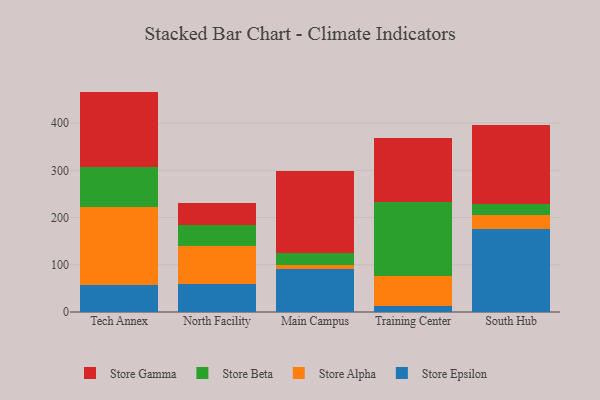
{"axis": {"x": "Campus", "y": "Production Output"}, "legend": ["Store Alpha", "Store Beta", "Store Epsilon", "Store Gamma"], "data": [{"x": "Tech Annex", "y": 57.6, "type": "Store Epsilon"}, {"x": "Tech Annex", "y": 164.7, "type": "Store Alpha"}, {"x": "Tech Annex", "y": 85.5, "type": "Store Beta"}, {"x": "Tech Annex", "y": 159.0, "type": "Store Gamma"}, {"x": "North Facility", "y": 60.1, "type": "Store Epsilon"}, {"x": "North Facility", "y": 80.3, "type": "Store Alpha"}, {"x": "North Facility", "y": 44.4, "type": "Store Beta"}, {"x": "North Facility", "y": 46.5, "type": "Store Gamma"}, {"x": "Main Campus", "y": 91.4, "type": "Store Epsilon"}, {"x": "Main Campus", "y": 8.6, "type": "Store Alpha"}, {"x": "Main Campus", "y": 24.7, "type": "Store Beta"}, {"x": "Main Campus", "y": 174.6, "type": "Store Gamma"}, {"x": "Training Center", "y": 12.2, "type": "Store Epsilon"}, {"x": "Training Center", "y": 64.8, "type": "Store Alpha"}, {"x": "Training Center", "y": 155.1, "type": "Store Beta"}, {"x": "Training Center", "y": 136.7, "type": "Store Gamma"}, {"x": "South Hub", "y": 176.1, "type": "Store Epsilon"}, {"x": "South Hub", "y": 28.8, "type": "Store Alpha"}, {"x": "South Hub", "y": 23.5, "type": "Store Beta"}, {"x": "South Hub", "y": 166.8, "type": "Store Gamma"}]}